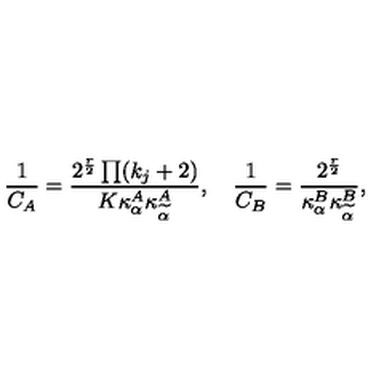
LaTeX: { \frac { 1 } { C _ { A } } } = \frac { 2 ^ { \frac { r } { 2 } } \prod ( k _ { j } + 2 ) } { K \kappa _ { \alpha } ^ { A } \kappa _ { \widetilde { \alpha } } ^ { A } } , \quad { \frac { 1 } { C _ { B } } } = \frac { 2 ^ { \frac { r } { 2 } } } { \kappa _ { \alpha } ^ { B } \kappa _ { \widetilde { \alpha } } ^ { B } } ,